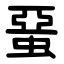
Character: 蝁